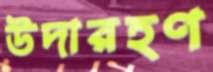
উদারহণ